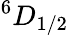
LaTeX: ^6D_{1/2}